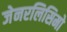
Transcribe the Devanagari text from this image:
जेनरलिसिमो